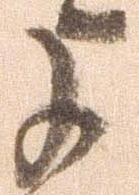
よ